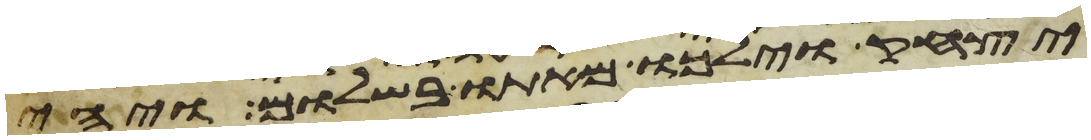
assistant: יצחק וילכו מאתו בשלום ויהי